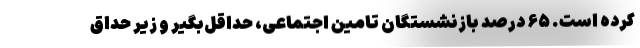
کرده است. ۶۵ درصد بازنشستگان تامین اجتماعی، حداقل‌بگیر و زیر حداق